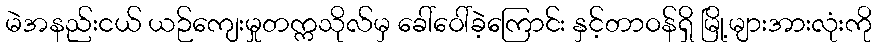
မဲအနည်းငယ် ယဉ်ကျေးမှုတက္ကသိုလ်မှ ခေါ်ဝေါ်ခဲ့ကြောင်း နှင့်တာဝန်ရှိ မြို့များအားလုံးကို